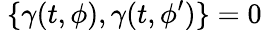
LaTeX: {\ \{ \gamma(t,\phi),\gamma(t,\phi^{\prime})\} =0\, \ }